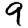
Digit: 9